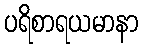
ပရိစာရယမာနာ